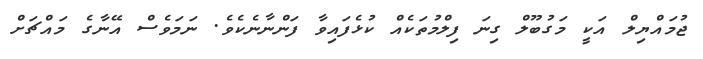
ޖުމައްޔިލް އަކީ މަގުބޫލް ގިނަ ފިލްމުތަކެއް ކުޅެފައިވާ ފަންނާނެކެވެ. ނަމަވެސް އޭނާގެ މައްޗަށް